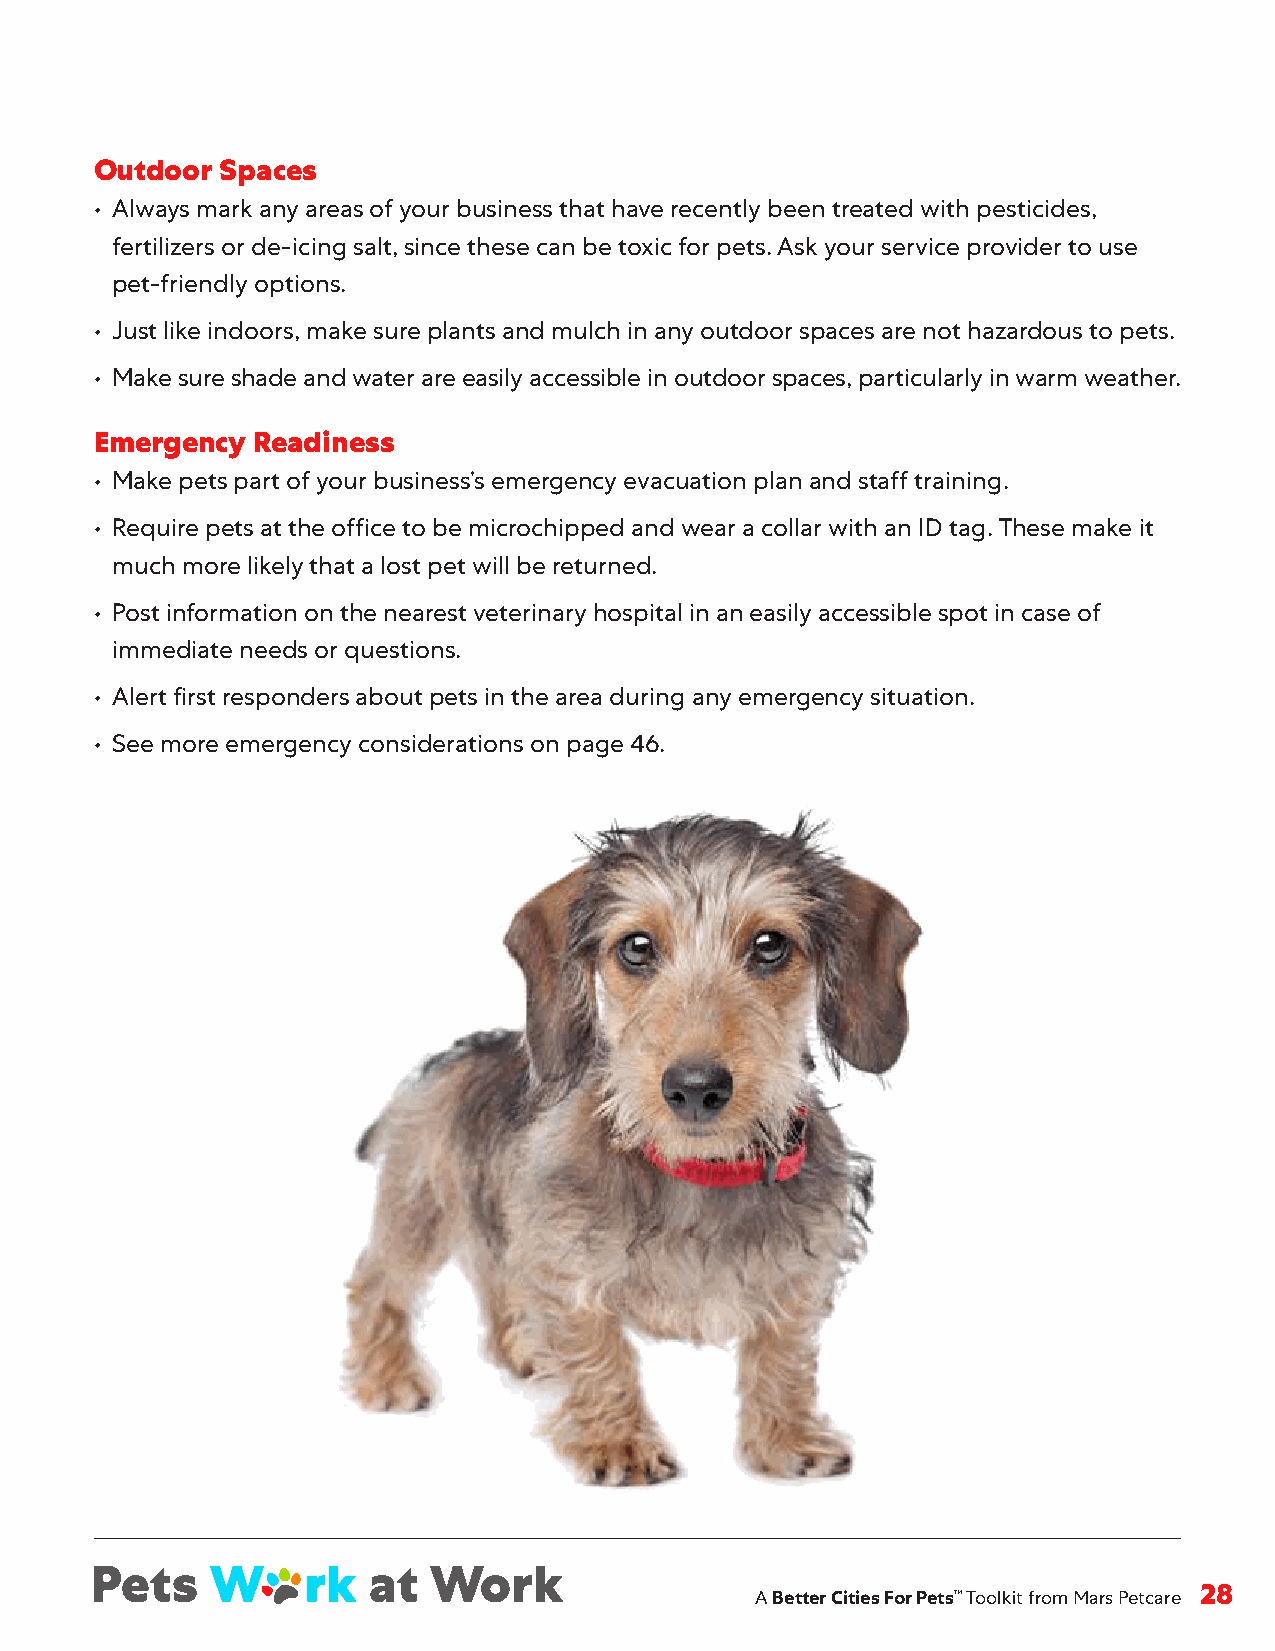
Outdoor  Spaces
 • Always mark any areas of your business that have recently been treated with pesticides,
 fertilizers or de-icing salt, since these can be toxic for pets . Ask your service provider to use
 pet-friendly options .
 • Just like indoors, make sure plants and mulch in any outdoor spaces are not hazardous to pets .
 • Make sure shade and water are easily accessible in outdoor spaces, particularly in warm weather .
 Emergency  Readiness
 • Make pets part of your business’s emergency evacuation plan and staff training .
 • Require pets at the office to be microchipped and wear a collar with an ID tag . These make it
 much more likely that a lost pet will be returned .
 • Post information on the nearest veterinary hospital in an easily accessible spot in case of
 immediate needs or questions .
 • Alert first responders about pets in the area during any emergency situation .
 • See more emergency considerations on page 46 .
 A Better Cities For Pets™ Toolkit from Mars Petcare 28